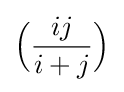
{\Big (}{\frac {ij}{i+j}}{\Big )}